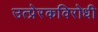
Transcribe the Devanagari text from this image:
उत्प्रेरकविरोधी